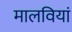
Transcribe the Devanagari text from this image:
मालवियां